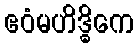
ဧဝံမဟိဒ္ဓိကေ